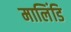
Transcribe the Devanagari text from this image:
मालिंडि